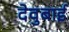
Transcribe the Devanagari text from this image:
देवुबाई